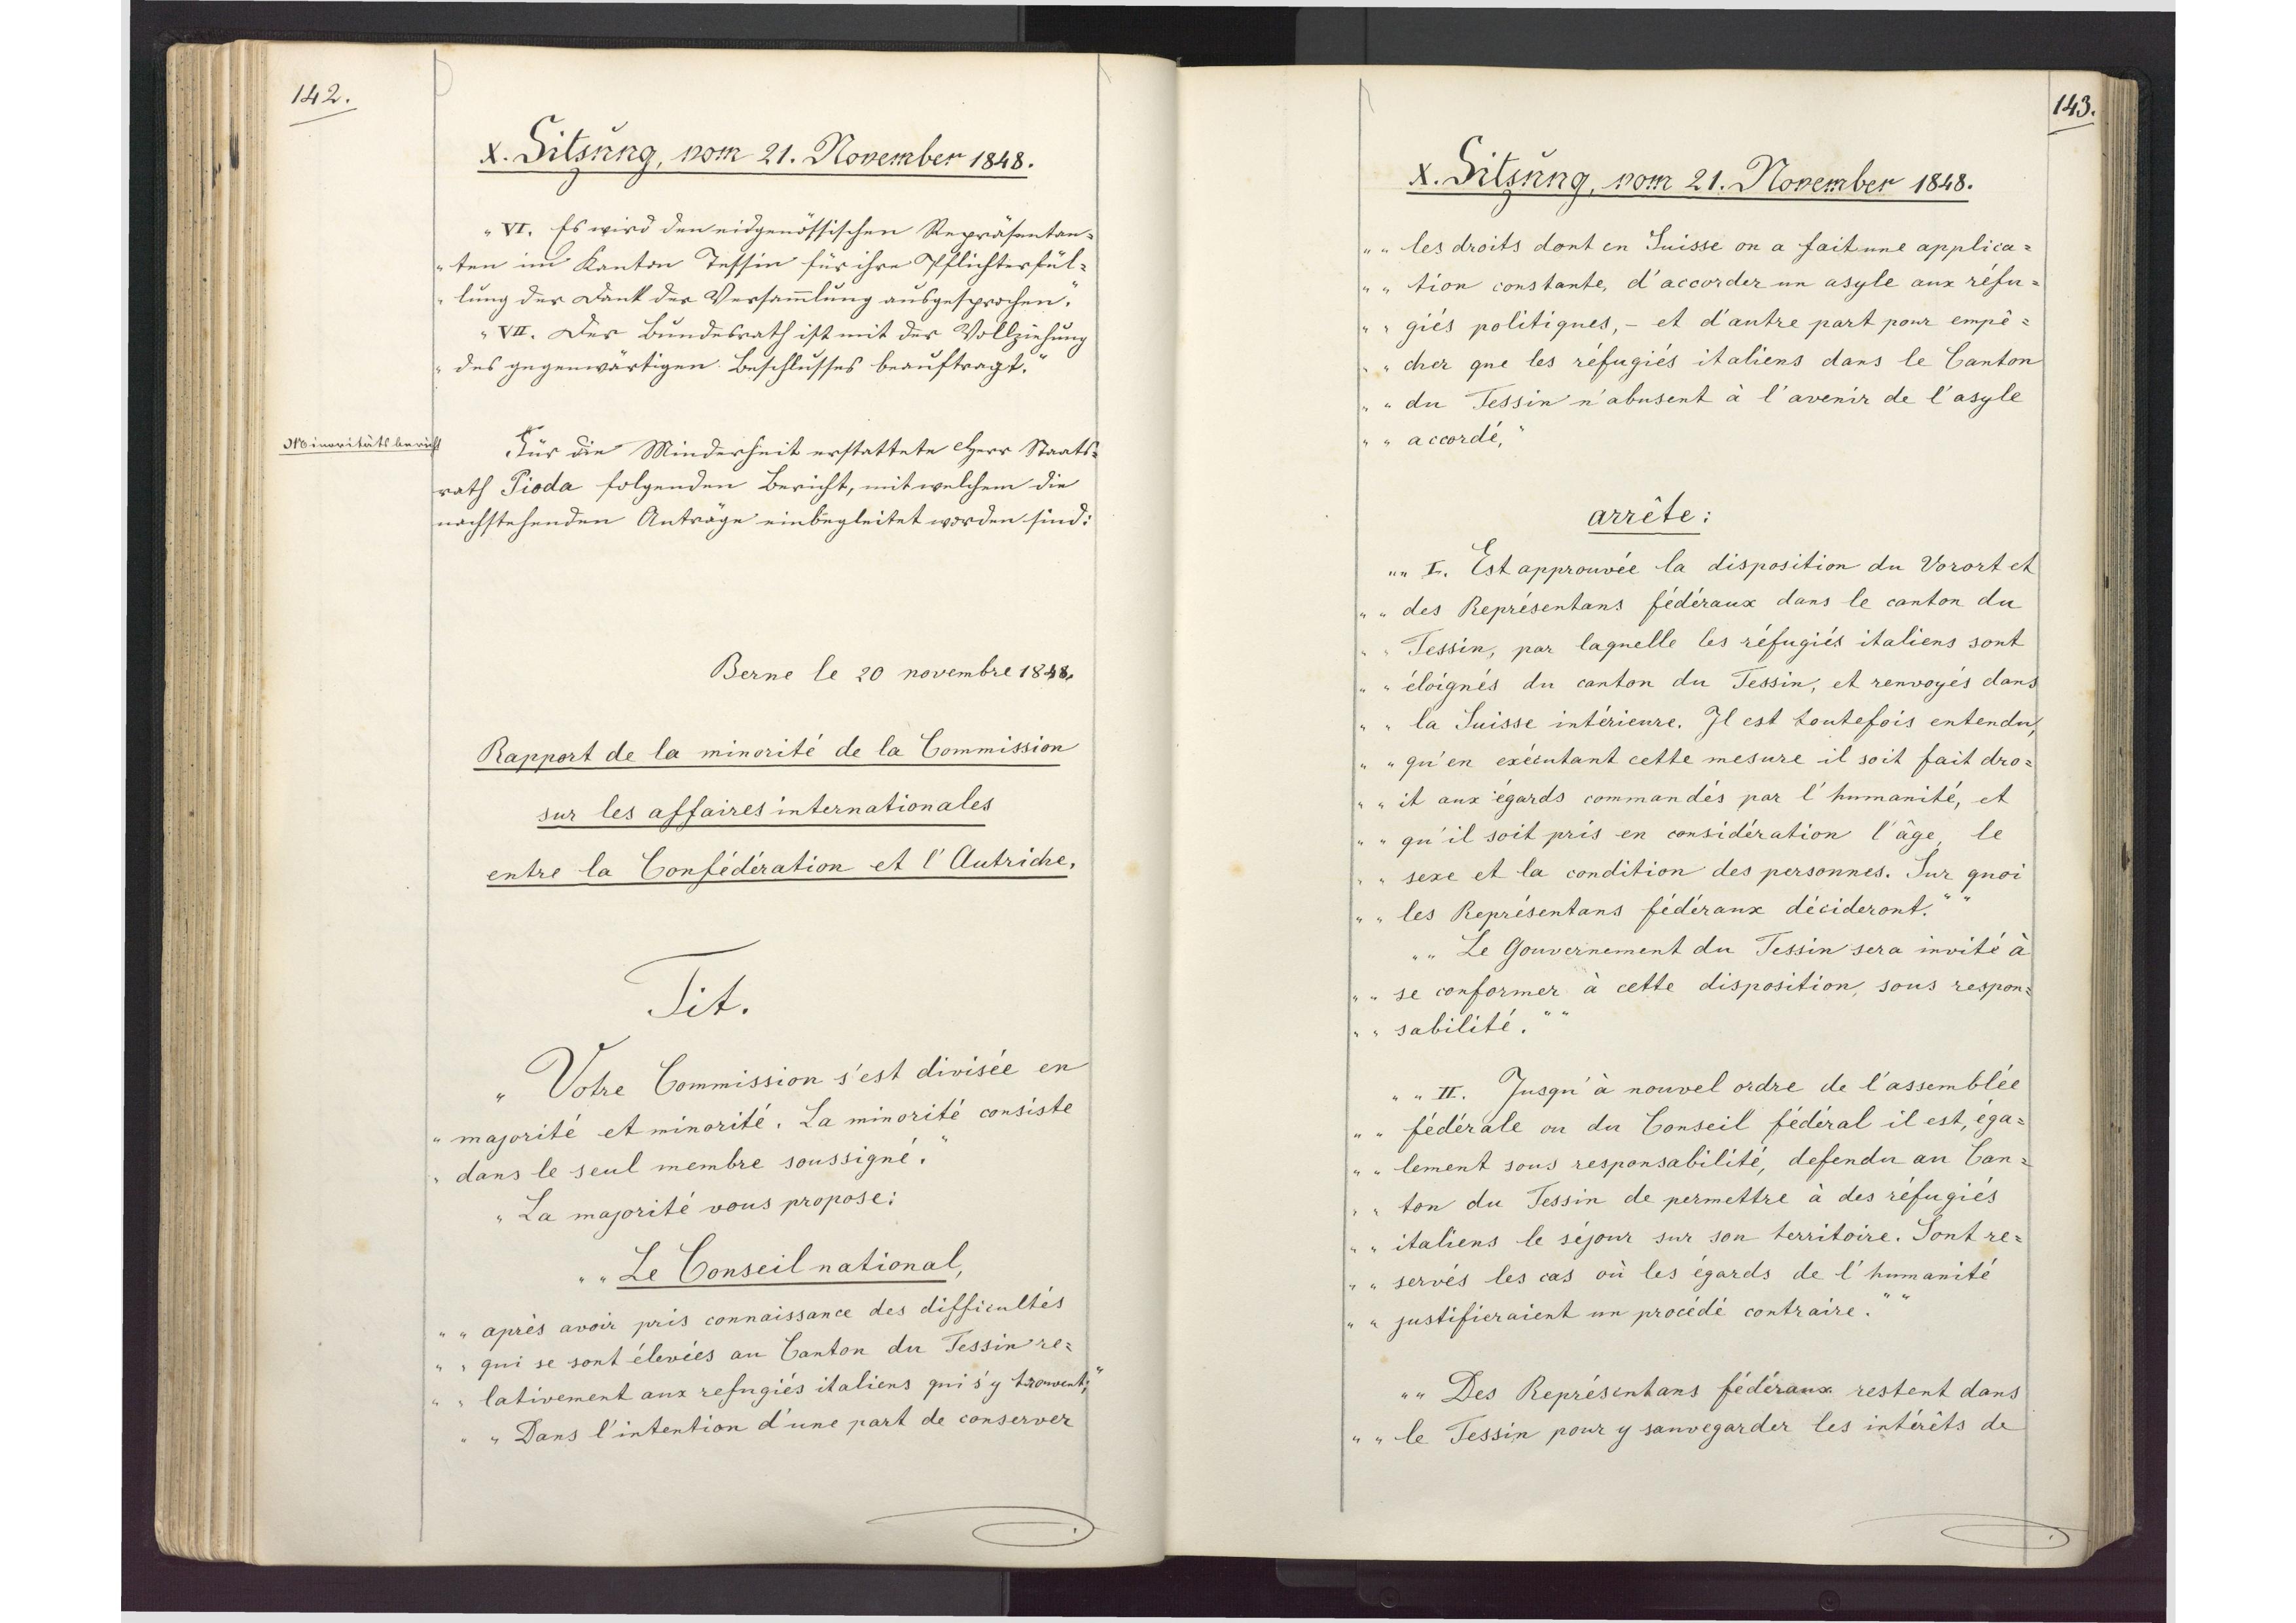
142.

X. Sitzung, vom 21. November 1848.

VI. Es wird den eidgenössischen Repräsentan¬
ten im Kanton Tessin für ihre Pflichterfül¬
lung der Dank der Versammlung ausgesprochen.
VII. Der Bundesrath ist mit der Vollziehung
des gegenwärtigen Beschlusses beauftragt."
Für die Minderheit erstattete Herr Staats¬
rath Pioda folgenden Bericht, mit welchem die
nachstehenden Anträge einbegleitet worden sind:
Berne le 20 novembre 1848,
Rapport de la minorité de la Commission
sur les affaires internationales
entre la Confédération et l`Autriche,
Tit.
"Votre Commission s`est divisée en
majorité et minorité. La minorité consiste
dans le seul membre soussigné.
La majorité vous propose:
"Le Conseil national,
après avon pris connaissance des difficultés
qui se sont élevées au Canton du Tessin re¬
lativement aux refugiés italiens qui s`y trouvent;
Dans l`intention d`une part de conserver

Minoritätsbericht

143.

X. Sitzung, vom 21. November 1848.

les droits dont en Suisse on a fait une applica¬
tion constante, d`accorder in asyle aux refu¬
giés politiques, - et d`autre part pour empé¬
cher que les réfugiés italiens dans le Canton
du Tessin n`abusent à l`avenir de l`asyle
accordé,
arrête:
I. Est approuvée la disposition de Vorort et
des Représentans fédéraux dans le canton du
Tessin, par laquelle les réfugiés italiens sont
éloignés du canton du Tessin, et renvoyés dans
la Suisse intérieure. Il est toutefois entendu,
qu`en exécutant cette mesure il soit fait dro¬
it aux régards commandés par l`humanité, et
qu`il soit pris en considération l`âge, le
sexe et la condition des personnes. Sur quoi
les Représentans fédéraux décideront.
Le Gouvernement du Tessin sera invité à
se conformer à cette disposition, sous respon¬
sabilité.
II. Jusqu` à nouvel ordre de l`assemblée
fédérale ou du Conseil fédéral il est, éga¬
lement sous responsabilité, defendu au Can¬
ton du Tessin de permettre à des refugiés
italiens le séjour sur son territoire. Sont re¬
servés les cas où les égards de l`humanité
justifieraient un procédé contraire.
Des Représentans fédéraux restent dans
le Tessin pour y sanvegarder les intérêts de